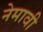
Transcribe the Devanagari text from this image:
नेमावी